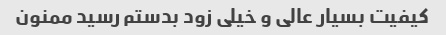
کیفیت بسیار عالی و خیلی زود بدستم رسید ممنون